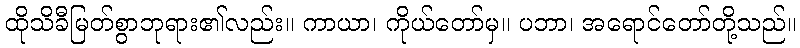
ထိုသိခီမြတ်စွာဘုရား၏လည်း။ ကာယာ၊ ကိုယ်တော်မှ။ ပဘာ၊ အရောင်တော်တို့သည်။